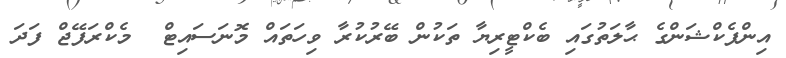
އިންފެކްޝަންގެ ޙާލަތުގައި ބެކްޓީރިޔާ ތަކުން ބޭރުކުރާ ވިހަތައް މޮނަސައިޓް  މެކްރަފޭޖް ފަދަ